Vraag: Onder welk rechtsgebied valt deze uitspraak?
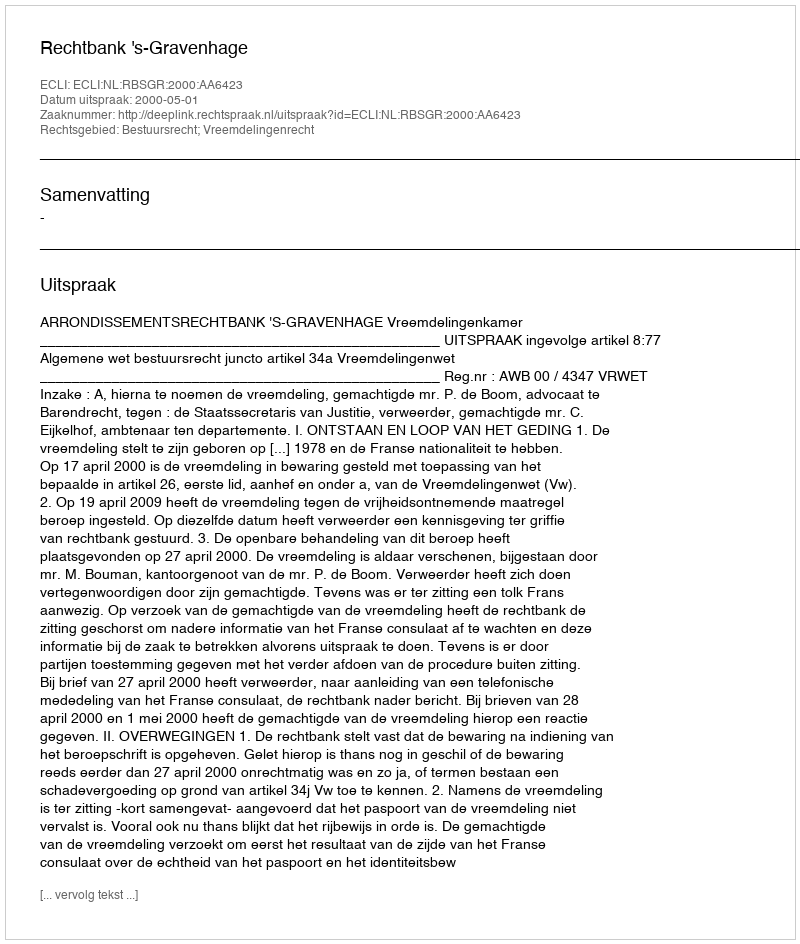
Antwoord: Bestuursrecht; Vreemdelingenrecht